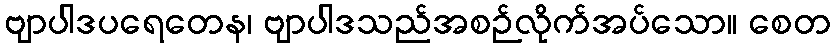
ဗျာပါဒပရေတေန၊ ဗျာပါဒသည်အစဉ်လိုက်အပ်သော။ စေတ